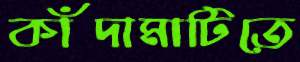
কাঁদামাটিতে